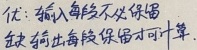
优：输入每段不必保留
缺：输出每段保留才可算.